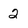
Character: 2